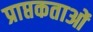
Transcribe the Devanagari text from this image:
प्राप्तकताओं